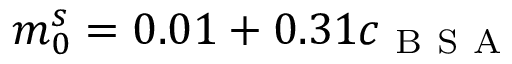
m _ { 0 } ^ { s } = 0 . 0 1 + 0 . 3 1 c _ { \mathrm { ~ B ~ S ~ A ~ } }